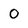
Character: O